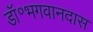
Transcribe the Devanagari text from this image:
डॉ॰भगवानदास